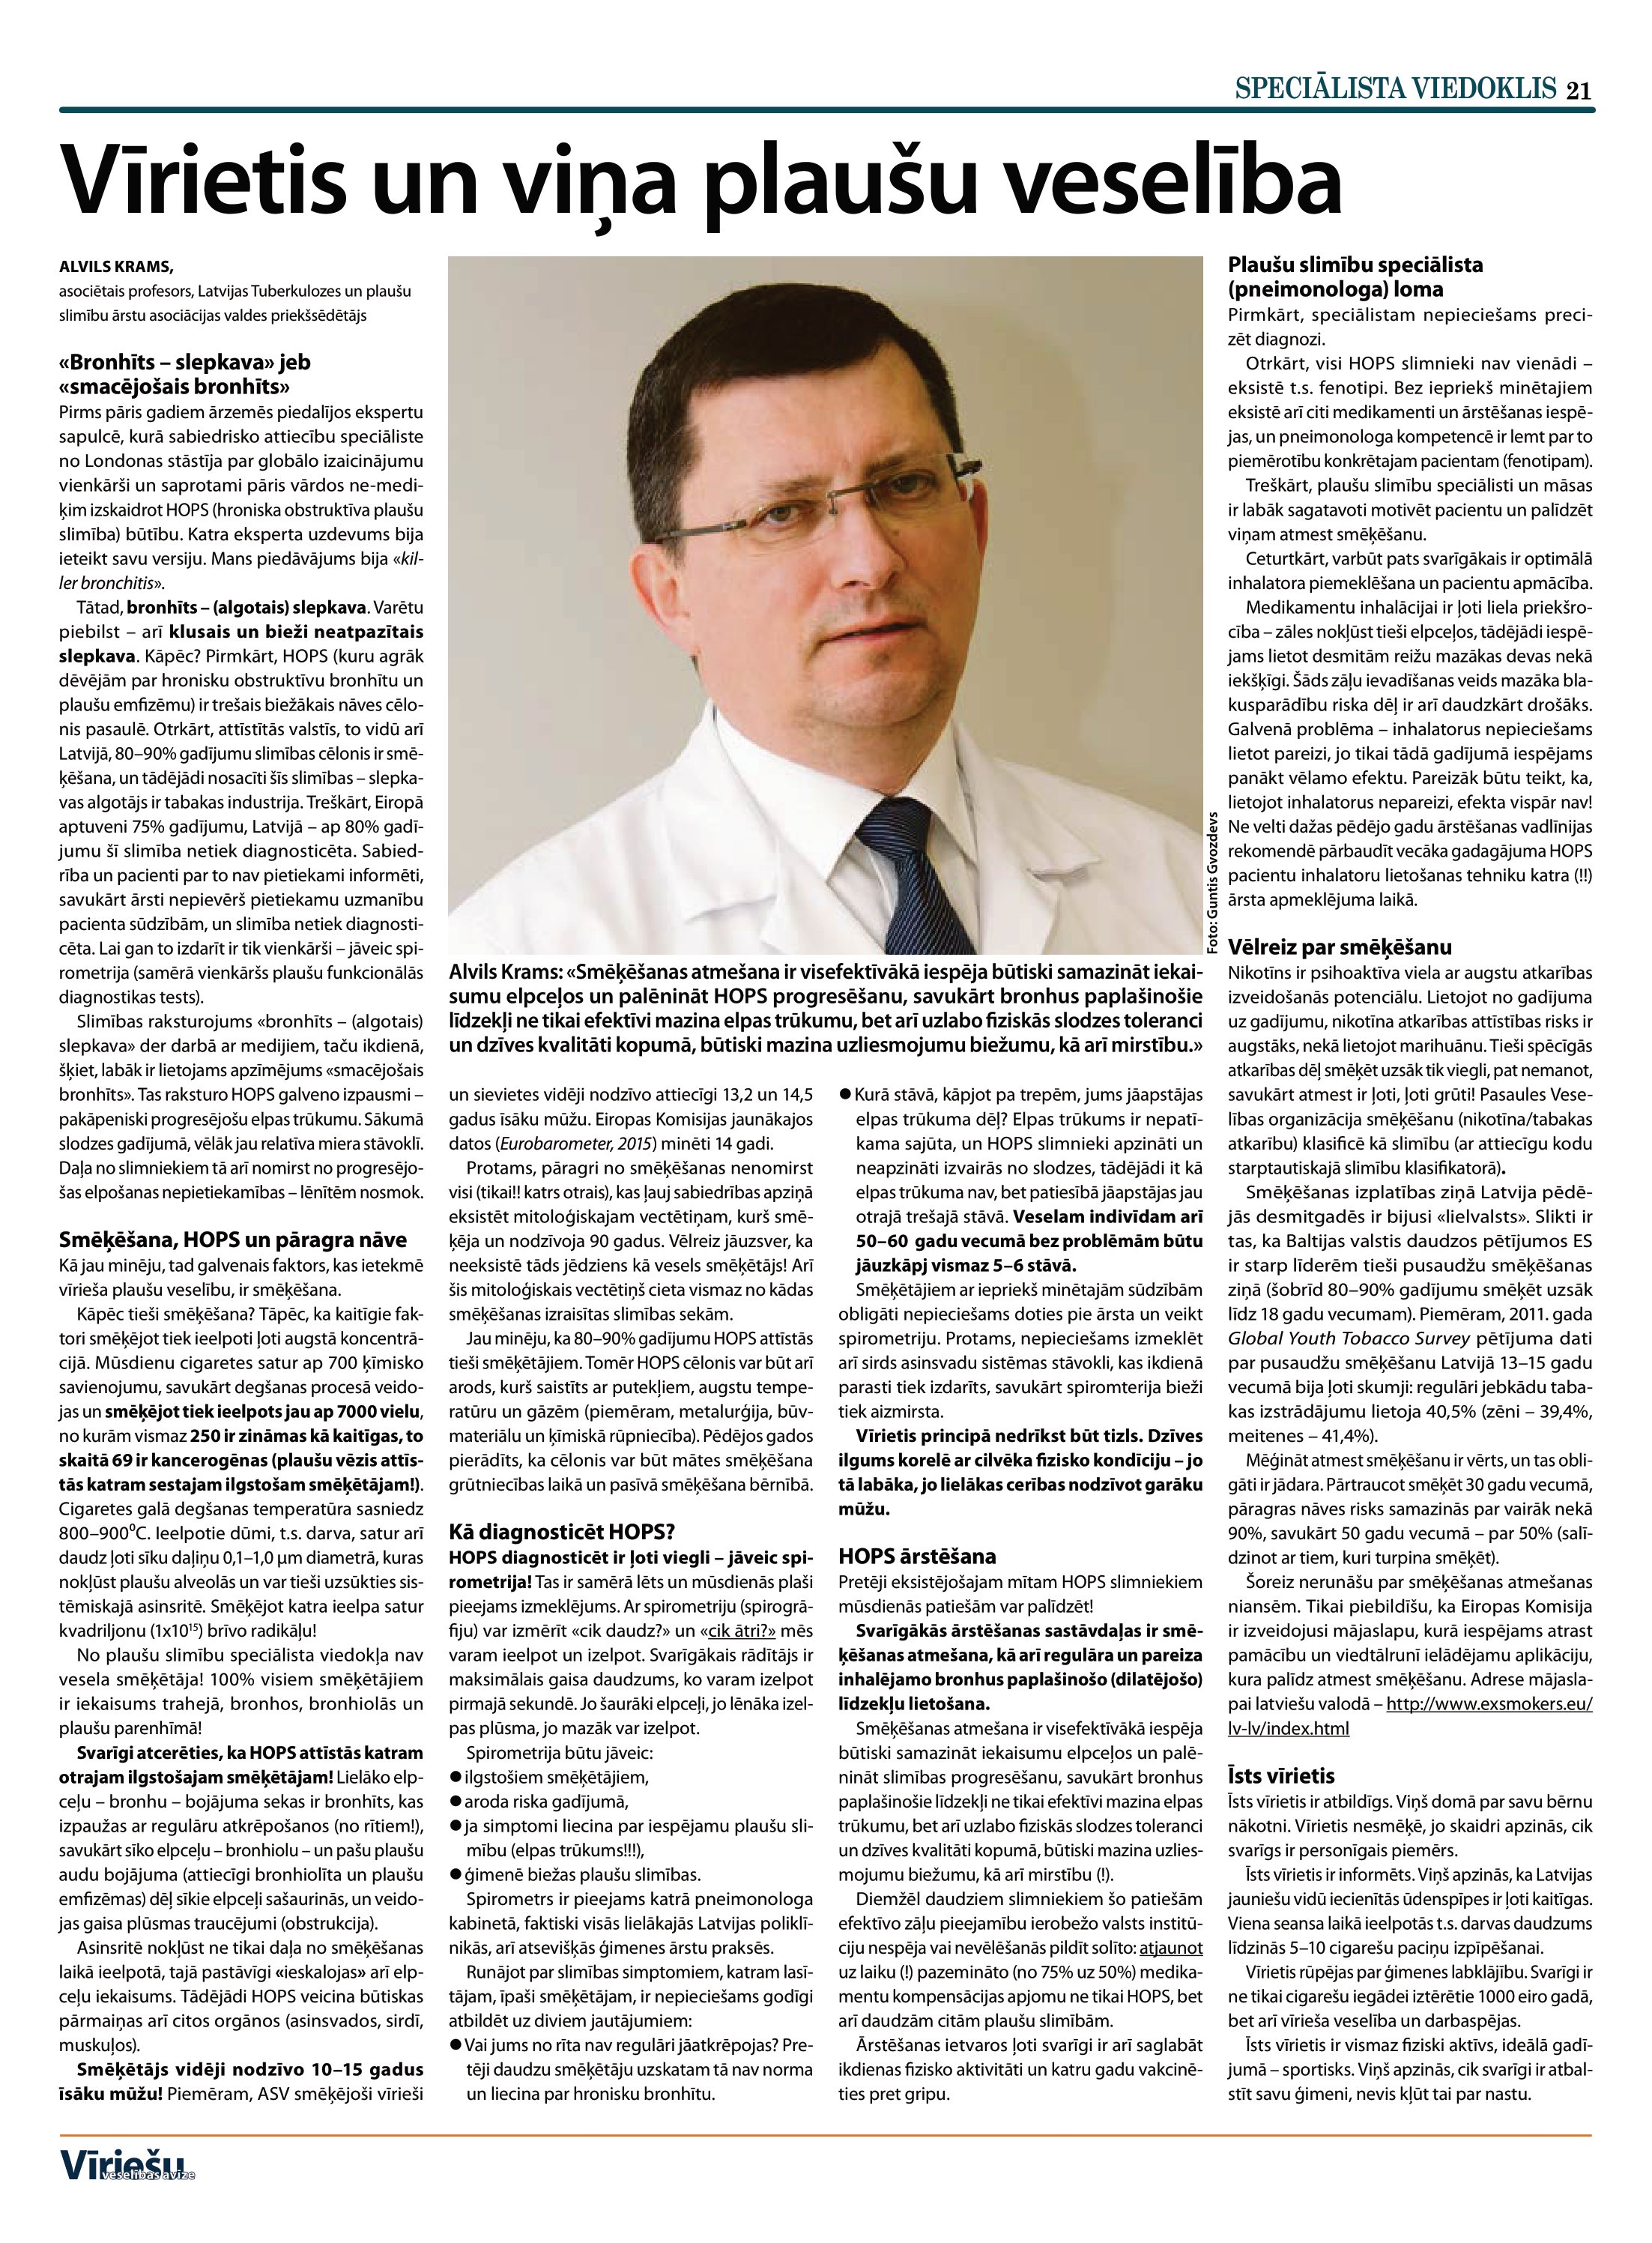
Language: lv